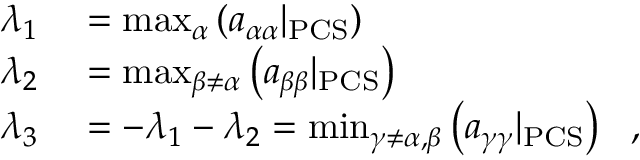
\begin{array} { r l } { \lambda _ { 1 } } & { { } = \operatorname* { m a x } _ { \alpha } \left( a _ { \alpha \alpha } | _ { \mathrm { P C S } } \right) } \\ { \lambda _ { 2 } } & { { } = \operatorname* { m a x } _ { \beta \neq \alpha } \left( a _ { \beta \beta } | _ { \mathrm { P C S } } \right) } \\ { \lambda _ { 3 } } & { { } = - \lambda _ { 1 } - \lambda _ { 2 } = \operatorname* { m i n } _ { \gamma \neq \alpha , \beta } \left( a _ { \gamma \gamma } | _ { \mathrm { P C S } } \right) \ \mathrm { ~ , ~ } } \end{array}